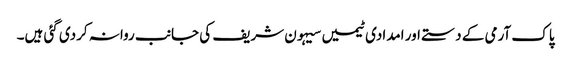
پاک آرمی کے دستے اور امدادی ٹیمیں سیہون شریف کی جانب روانہ کردی گئی ہیں۔